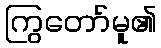
ကြွတော်မူ၏